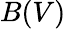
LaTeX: B(V)